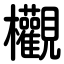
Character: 欟